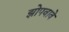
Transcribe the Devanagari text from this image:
झोपवावे